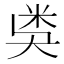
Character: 𥸸